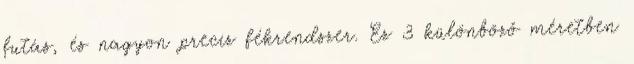
futás, és nagyon precíz fékrendszer. Ez 3 különböző méretben